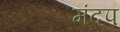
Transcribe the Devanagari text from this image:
मंदप